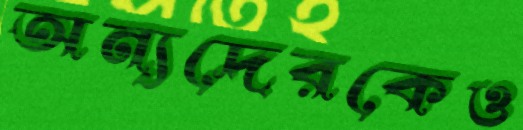
অন্যদেরকেও